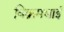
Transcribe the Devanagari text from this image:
विक्रमभाई